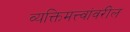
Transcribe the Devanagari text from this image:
व्यक्तिमत्त्वांवरील